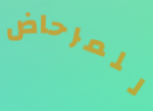
للمرحاض